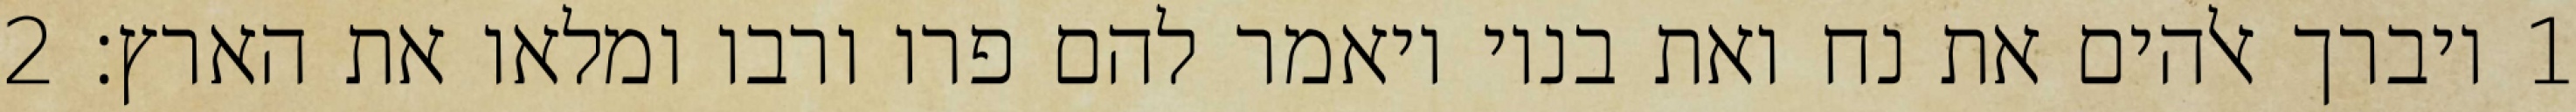
1 ויברך אלהים את נח ואת בניו ויאמר להם פרו ורבו ומלאו את הארץ׃ ‎2‏